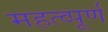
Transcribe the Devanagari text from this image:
महत्‍व्‍पूर्ण